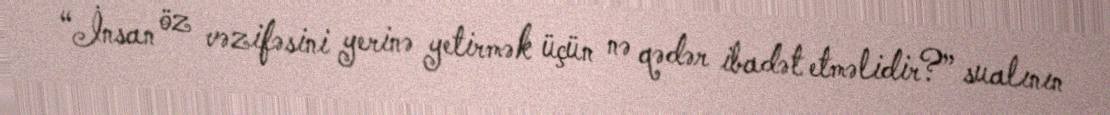
“İnsan öz vəzifəsini yerinə yetirmək üçün nə qədər ibadət etməlidir?” sualının